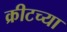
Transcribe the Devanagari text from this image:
क्रीटच्या